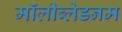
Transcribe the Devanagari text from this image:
मॉलीब्लेडनम